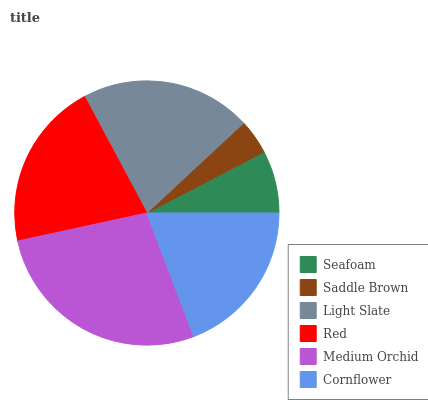
| Seafoam | Saddle Brown | Light Slate | Red | Medium Orchid | Cornflower |
 | --- | --- | --- | --- | --- | --- |
 | 7.64% | 4.28% | 20.9% | 20.5% | 27.4% | 19.3% |